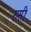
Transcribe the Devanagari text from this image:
रुसीः